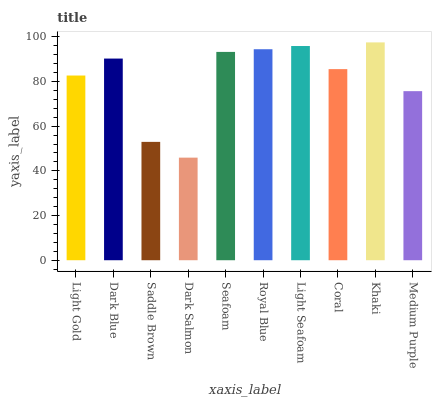
| xaxis_label | bars |
 | --- | --- |
 | Light Gold | 82.7 |
 | Dark Blue | 90.2 |
 | Saddle Brown | 53 |
 | Dark Salmon | 45.9 |
 | Seafoam | 93.2 |
 | Royal Blue | 94.4 |
 | Light Seafoam | 95.9 |
 | Coral | 85.5 |
 | Khaki | 97.5 |
 | Medium Purple | 75.7 |